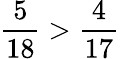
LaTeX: {\frac{5}{18}}>{\frac{4}{17}}